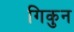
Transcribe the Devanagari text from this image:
गिकुन